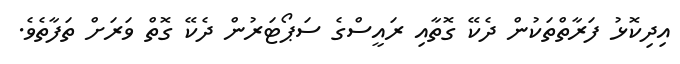
އިދިކޮޅު ފަރާތްތަކުން ދެކޭ ގޮތާއި ރައީސްގެ ސަޕޯޓަރުން ދެކޭ ގޮތް ވަރަށް ތަފާތެވެ.